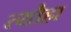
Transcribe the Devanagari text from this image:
त्यौहा